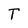
Character: T